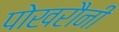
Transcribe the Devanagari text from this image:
पोखरौनी